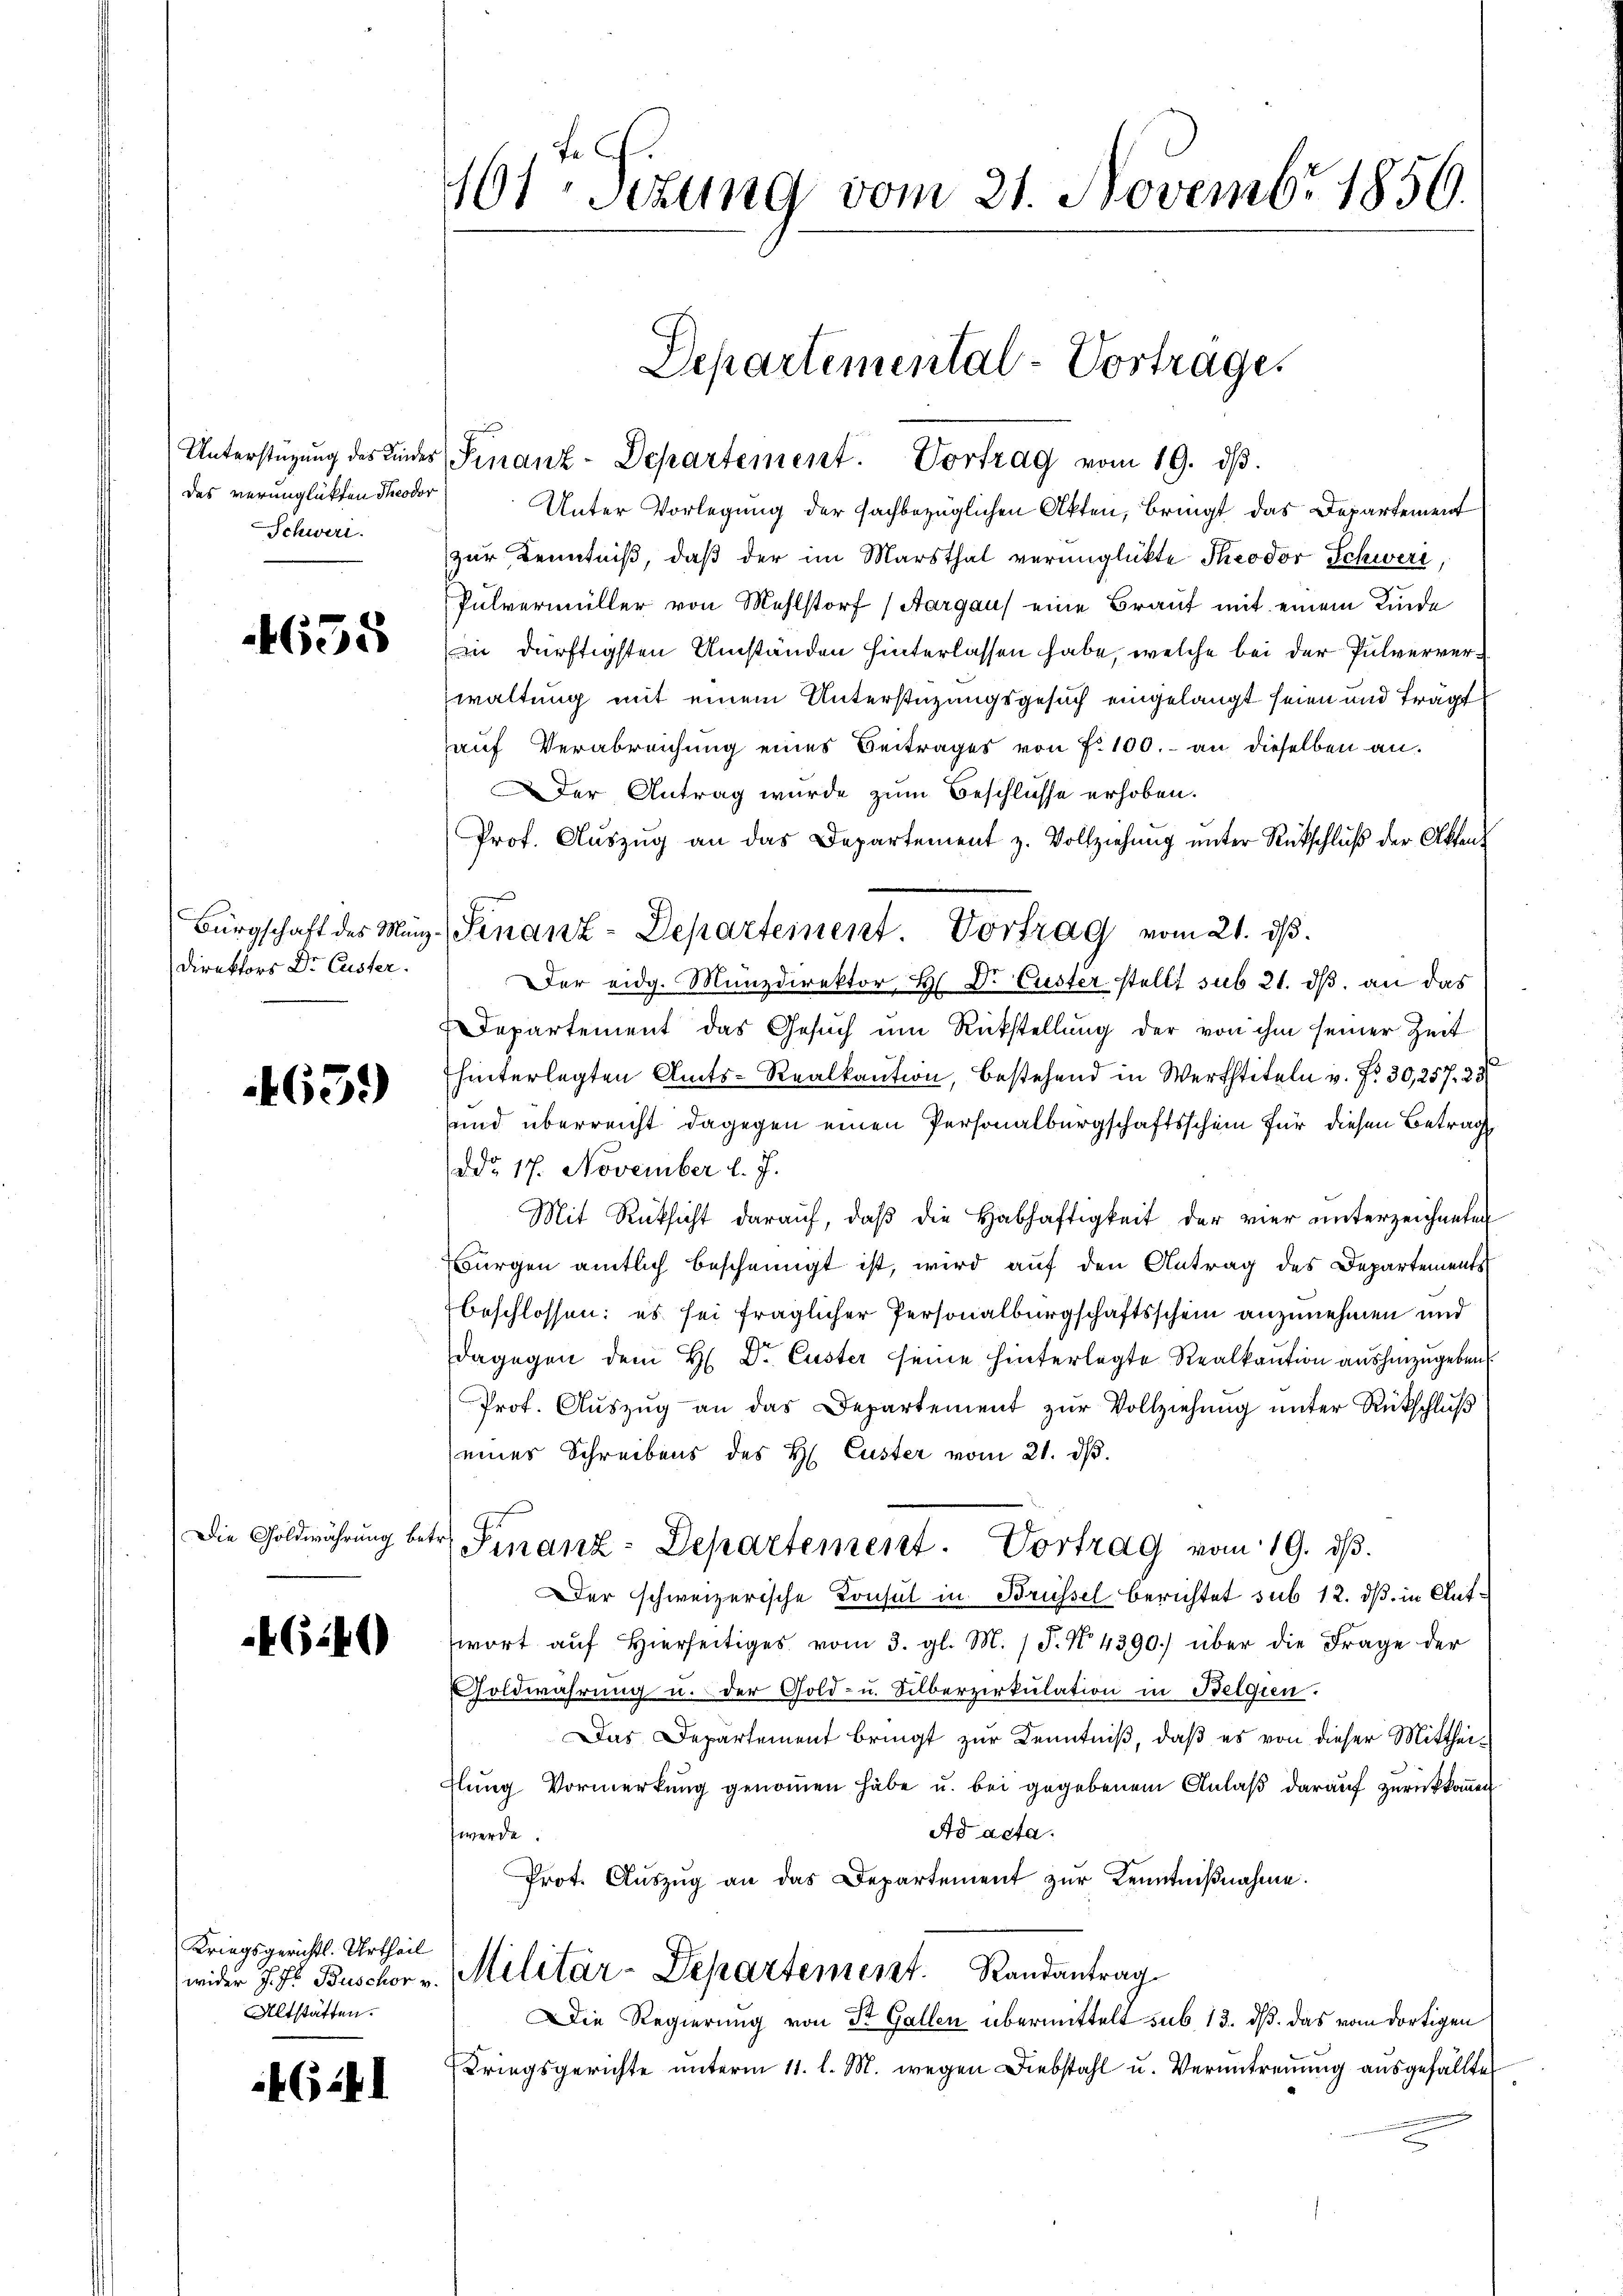
Das verunglükten Theodor
Schwere.

4655

Bürgschaft des Münz¬
Direktors Dr. Custer.

463)

46.40

Kriegsgerichts. Urtheil
Altstätten.

Cill

461 Sizung vom 21. Novembr 1856.

Unterstützŭng des Kindes Finanz-Departement. Vortrag vom 19. dβ.
Unter Vorlegung der fachbezüglichen Akten, bringt das Departement
zur Kenntniß, daß der im Marsthal verunglückte Theodor Schwere,
Pulvermüller von Mehlstorf (Aargau eine Braut mit einem Kinde
n dürftigsten Umständen hinterlassen habe, welche bei der Pulververwaltung mit einem Unterstüzungsgesuch eingelangt seien und trägt
auf Verabreichung eines Beitrages von No 100.- an dieselben an.
der Antrag wurde zum Beschlüsse erhoben.
Prof. Auszug an das Departement z. Vollziehung unter Rückschluß der Akten
Der eidg. Münzdirektor H. Dr. Custer stellt sub 21. dβ an das
Departement das Gesuch um Rückstellung der von ihm seiner Zeit
hinterlegten Amts-Realkaution, bestehend in Werttiteln v. Nr. 30,257. 23
und überreicht dagegen einen Personalburgschaftsschein für diesen Betrag
ddo 17. November l. J.
Mit Rücksicht darauf, daβ die Habhaftigkeit der vier unterzeichneten
Burgen amtlich bescheinigt ist, wird auf den Antrag des Departements
beschlossen: es sei fraglicher Personalburgschaftsschein anzunehmen und
dagegen dem H. Dr. Custer seine hinterlegte Realkaution aushinzugeben
Prot. Auszug an das Departement zur Vollziehung unter Rückschluß
eines Schreibens des H. Custer vom 21. dβ.
Die Goldwährung betr. Finanz-Departement. Vortrag vom 19. dβ.
Der schweizerische Consul in Brüssel berichtet sub 12. ds. in Antwort aŭf hierseitiges vom 3. gl. M. P. No 4390. über die Frage der
Goldwahrung u. der Gold- u. Silberzirkŭlation in Belgien.
Das Departement bringt zur Kenntniß, daß es von dieser Mittheiflung Vormerkung genommen habe u. bei gegebenem Anlaß darauf zurückkommen
Ad acta.
werde.
Prot. Aŭszŭg an das Departement zur Kenntnißnahme.
wider J. Hr. Buschor v. Militär-Departement. Randantrag
Die Regierung von St. Gallen übermittelt sub 13. ds. das vom dortigen
Kriegsgerichte ŭnterm 11. l. M. wegen Diebstahl u. Veruntreuung ausgefällte

Departemental-Vortrage.

Sinanz-Departement. Vortrag vom 21. ds.